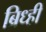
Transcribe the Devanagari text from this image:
ब्रिध्ही